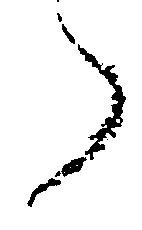
了